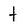
Character: t